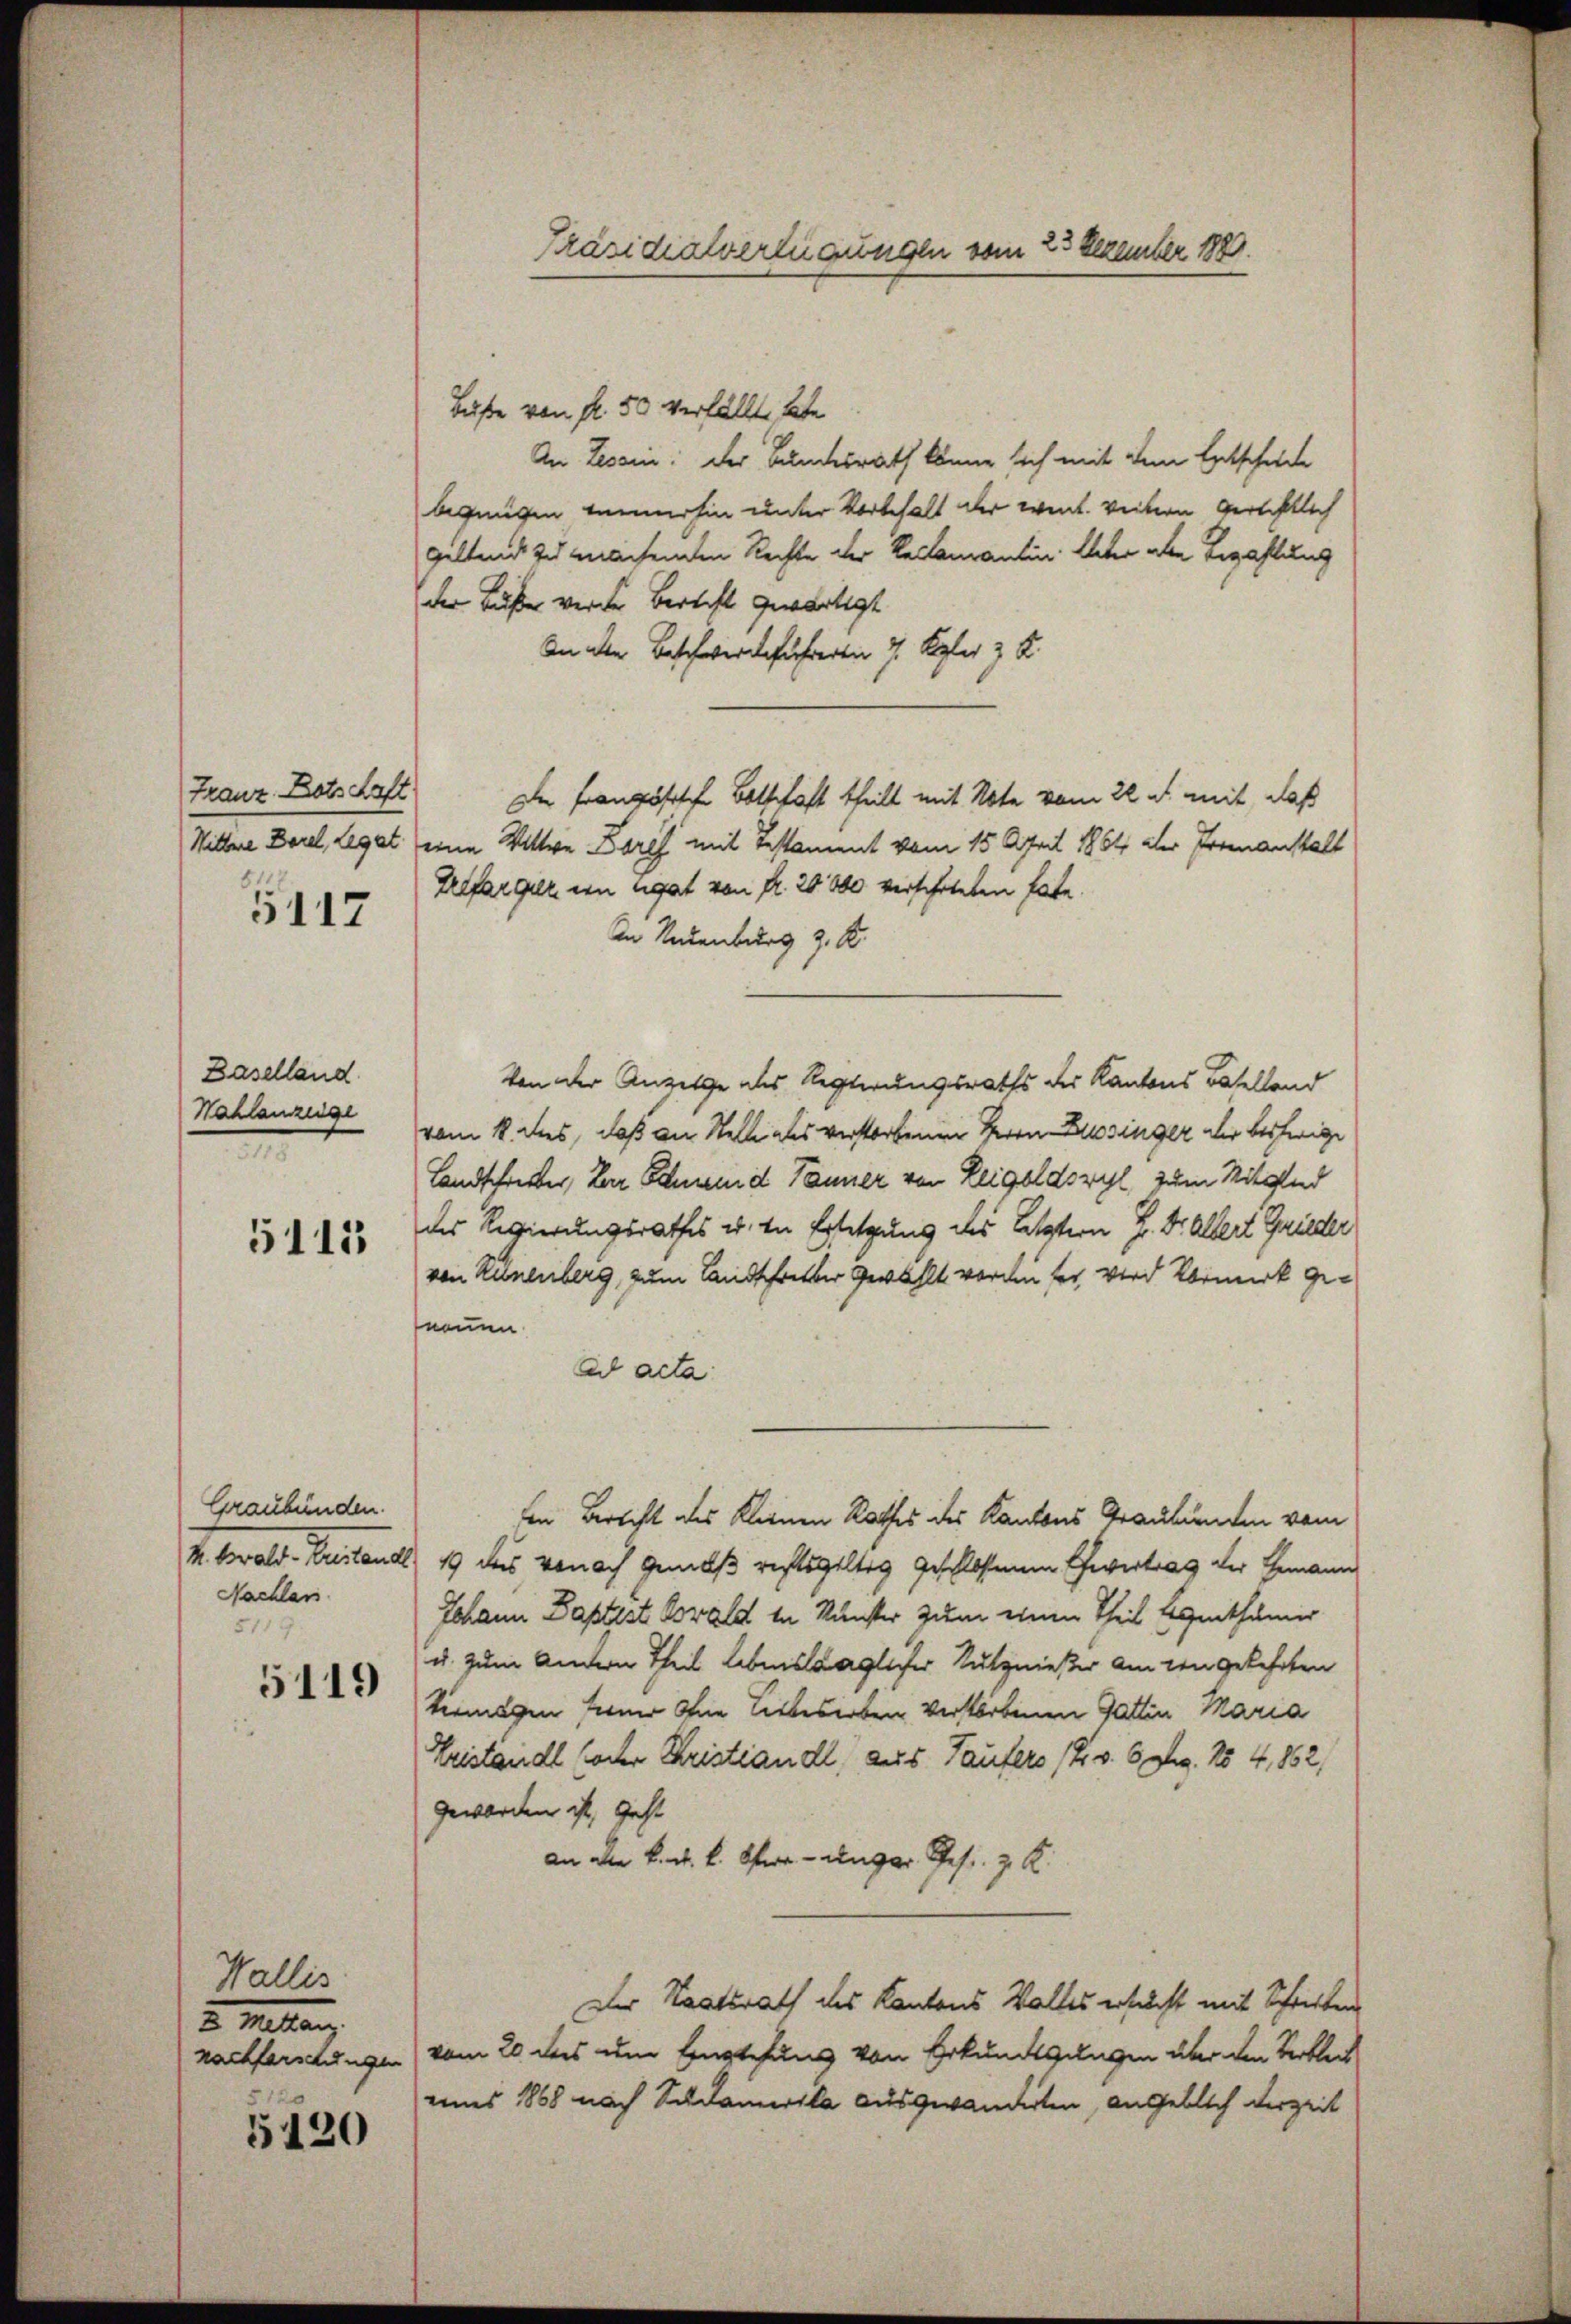
Franz Bots Haft

5417

Baselland
Kahlanzeige

5115

Graubünden.
Storal. Landant
Nachler
5119.

5119

Wallis
2. Mitten
nachforschungen
5120

5120

Präsidialverteigungen vom 23 Dezember 1889.

Buße von fl. 50 verfällt habe
An Tessin: Der Bundesrath könne sich mit dem Entscheide
begnügen meinehin unter Vorbehalt der weit. Weitern gerichtlich
geltend zu machenden Rechte der Reclamantin Elter aber Bezahlung
der Lister werden Bericht gewärtigt |
In den Beschwerdeführerben 7. Septer z. B.
Die Französische Botschaft theilt mit Note vom 22 u. mit, daß
Wittwe Dorel, Legat eine Wittwe Dores mit Testament vom 15. April 1864 aber Promanstalt
Zelfarguer in ugat von Fr. 20000 verschiteten habe
In Neuenburg z. S.
Von der Anzeige als Regierungsraths der Kantons Baselland
vom 1. dies, daß an Stelle als verstorbenen Herrn Zusinger der bisherige
Landschrieber, Der Schnend Tanner von Leigoldswyl, zum Mitglied
des Regierungsrathes u. in Ersetzung des Letztern H. Dr. Albert Grieder
von Künenberg, zum Landschreiber gewählt vor die her, wird Vormerk geneuen
ad acta
Ein Bericht des Kleinen Rathes des Kantons Graubünden vom
1 das von ach gemäß richtsgültig geschlossenen Gevertrag der Gemann
Johann Baptist Kowald in Kunster zum einen Theil Agenthümer
u. zum Andern Theil lebenslaglicher Nutznießer am den gekehrten
termagen seiner Ohne Liebeserben verstorbenen Gattin Maria
Beistand socher Christiandl, aus Taufers (2. v. 6 dkg. 154, 862/
geworden ist, geht
an der k. k. k. Pfarr- unger Ges. z. K
Der Staatsrath des Kantons Walles ersucht mit Schreiben
vom 20 des um Bestehung von Erkundgangen über den Verbleih
umes 1868 nach Südamerika ausgewanderten, ausgeblich derzeit